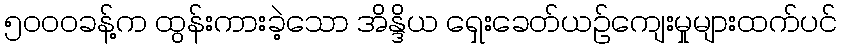
၅၀၀၀ခန့်က ထွန်းကားခဲ့သော အိန္ဒိယ ရှေးခေတ်ယဉ်ကျေးမှုများထက်ပင်